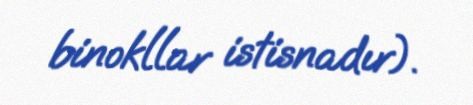
binokllar istisnadır).